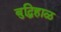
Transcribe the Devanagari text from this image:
बुद्घिहाळ